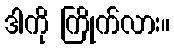
ဒါကို ကြိုက်လား။